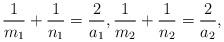
LaTeX: \begin{align*}\frac{1}{m_1} +\frac{1}{n_1} =\frac{2}{a_1}, \frac{1}{m_2} +\frac{1}{n_2} =\frac{2}{a_2},\end{align*}